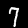
Digit: 7